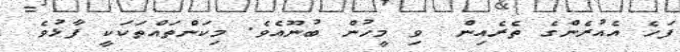
ފަހެ އެއުރެންގެ ތެރެއިން  ވި މީހުން ބުނޫއެވެ. މިކަންތައްތަކަކީ ފާޅުވެ